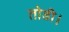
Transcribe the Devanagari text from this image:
तोडी।